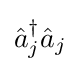
{\hat {a}}_{j}^{\dagger }{\hat {a}}_{j}